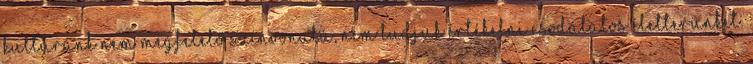
kultúránk nem megfelelő színvonalú, nem tudjuk értékelni csodálatos életterünket.